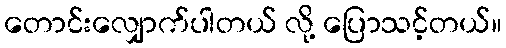
တောင်းလျှောက်ပါတယ် လို့ ပြောသင့်တယ်။